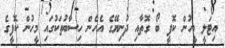
އިޓަލީ މީހުން ކޮފީ ބޯ ގޮތާއި ދުނިޔޭގެ އެހެން ހިސާބުތަކުގައި މީހުން ކޮފީގެ